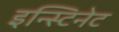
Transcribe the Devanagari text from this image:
इन्स्टिनेट